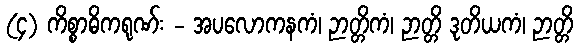
(၄) ကိစ္စာဓိကရုဏ်း - အပလောကနကံ၊ ဉာတ္တိကံ၊ ဉာတ္တိ ဒုတိယကံ၊ ဉာတ္တိ